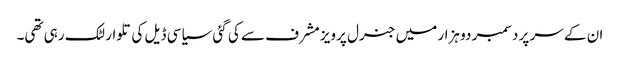
ان کے سر پر دسمبر دو ہزار میں جنرل پرویز مشرف سے کی گئی سیاسی ڈیل کی تلوار لٹک رہی تھی۔